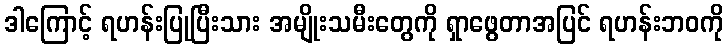
ဒါကြောင့် ရဟန်းပြုပြီးသား အမျိုးသမီးတွေကို ရှာဖွေတာအပြင် ရဟန်းဘဝကို